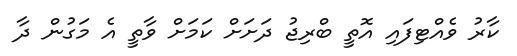
ކާރު ވެއްޓިފައި އޮތީ ބްރިޖު ދަށަށް ކަމަށް ވާތީ އެ މަގުން ދާ